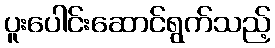
ပူးပေါင်းဆောင်ရွက်သည့်